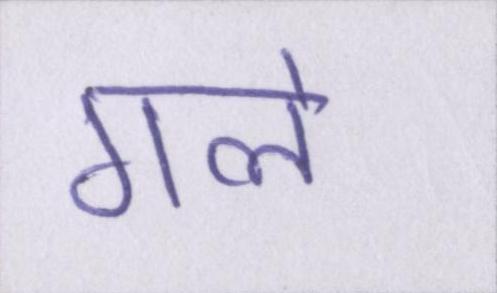
गले